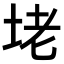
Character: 𡋎